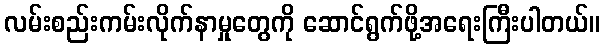
လမ်းစည်းကမ်းလိုက်နာမှုတွေကို ဆောင်ရွက်ဖို့အရေးကြီးပါတယ်။